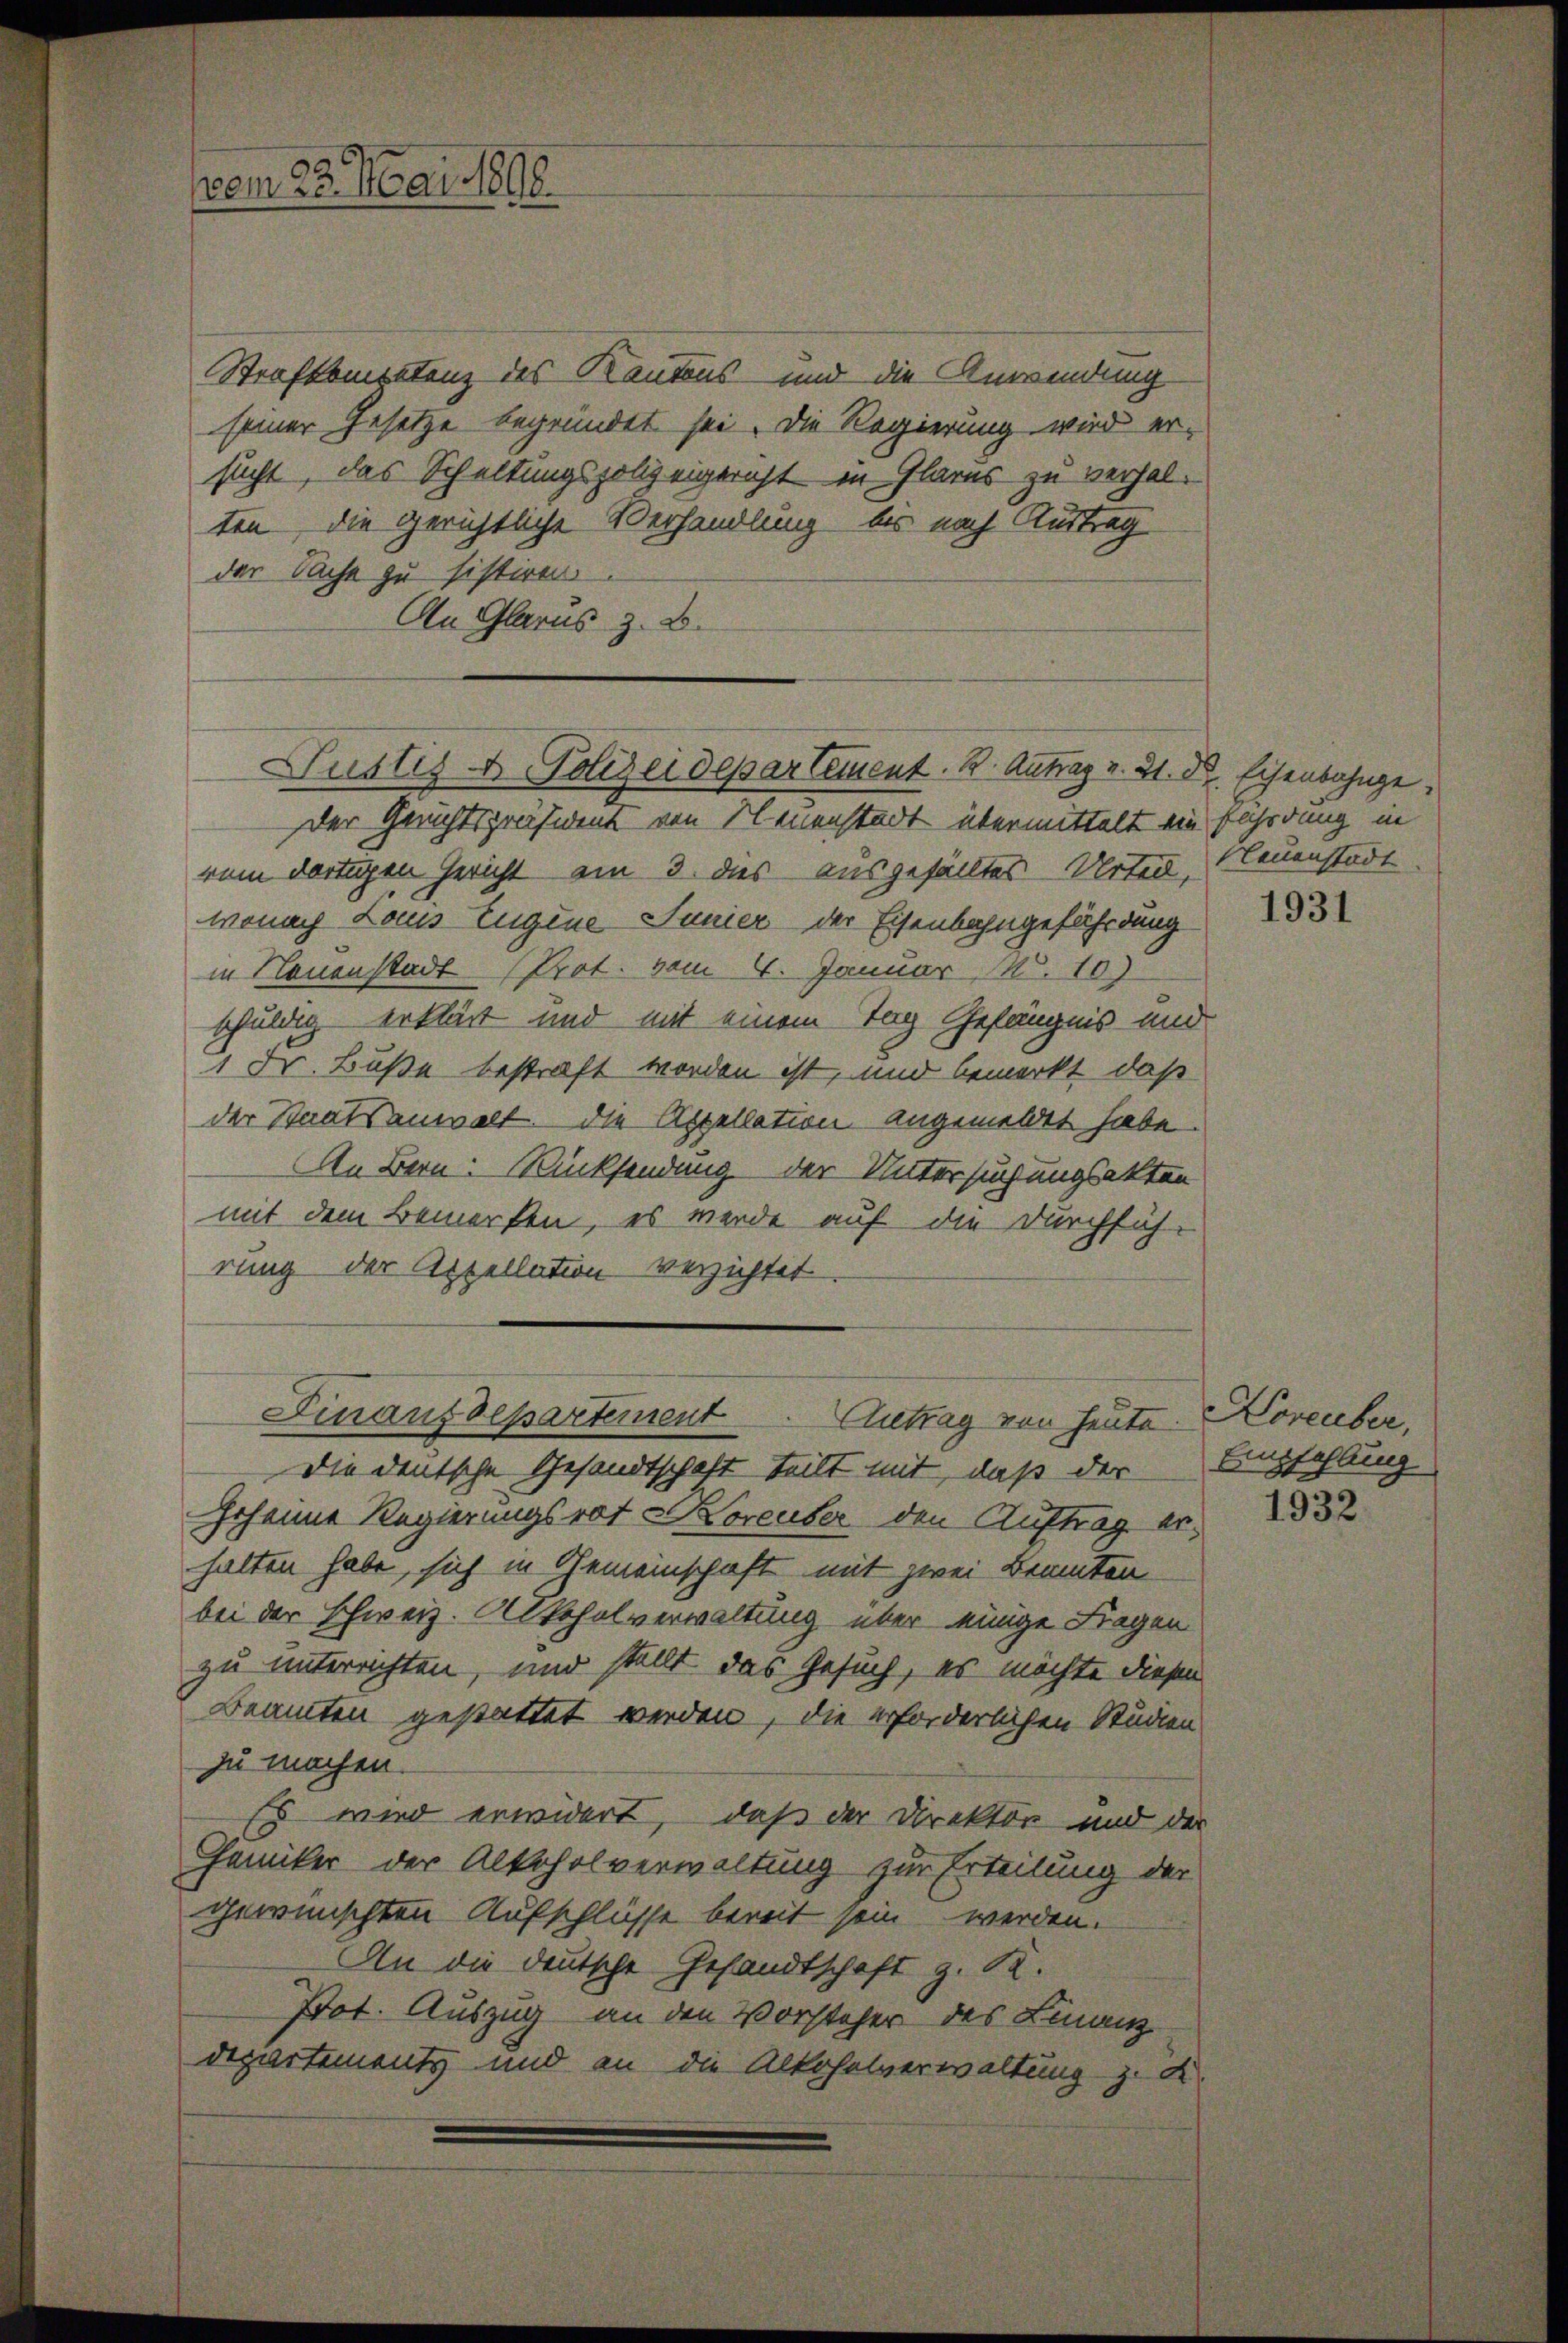
Strafkompetenz des Kantons und die Anwendung
seiner Gesetze begründet sei. Die Regierung wird ersucht, das Schaltungspolizeigericht in Glarus zu verhalten, die gerichtliche Verhandlung, bis nach Austrag
der Sache zu sistiren.
An Glarus z. B.

vom 23. Mai 1890.

Justiz- & Polizeidepartement. B. Antrag v. 31. d. Eisenbahnge

Der Gerechtspräsident von Neuenstadt übermittelt ein fährdung in
rom dortigen Gericht am 3. dies ausgefälltes Urtei,
wonach Laus Eugene Junier der Eisenbahngefährdung
in Neuenstadt (Prot. vom 4. Januar 5. 10)
schuldig erklärt und mit einem Tag Gefängnis und
1 Dr. Buße bestraft worden ist, und bemerkt, daß
der Staatsanwalt. Die Appellation angemeldet habe
An Bern Rücksendung der Untersuchungsakten
mit dem Bemerken, es werde auf die Durchfüh-
rung der Appellation verzichtet
Die deutsche Gesandtschaft teilt mit, daß der
Joheime Regierungsrat Koreuber den Auftrag erhalten habe, sich in Gemeinschaft mit zwei Beanten
bei der Schweiz. Alkoholverwaltung über einige Fragen
zu unterrichten, und stellt das Gesuch, es möchte diesen
Beamten gestattet werden, die erforderlichen Studien
zu machen.
Es wird erwidert, daß der Direktor und der
Chemiker der Alkoholverwaltung zur Erteilung der
gewünschten Aufschlüsse bereit sein werden.
An die deutsche Gesandtschaft z. R.
Pot. Auszug an den Vorsteher des Finanz
Departements und an die Alkohelverwaltung z. K.

Finanzdepartement. Antrag von heute.

Neuenstadt

1931

Koreuber,
Empfehlung

1932.